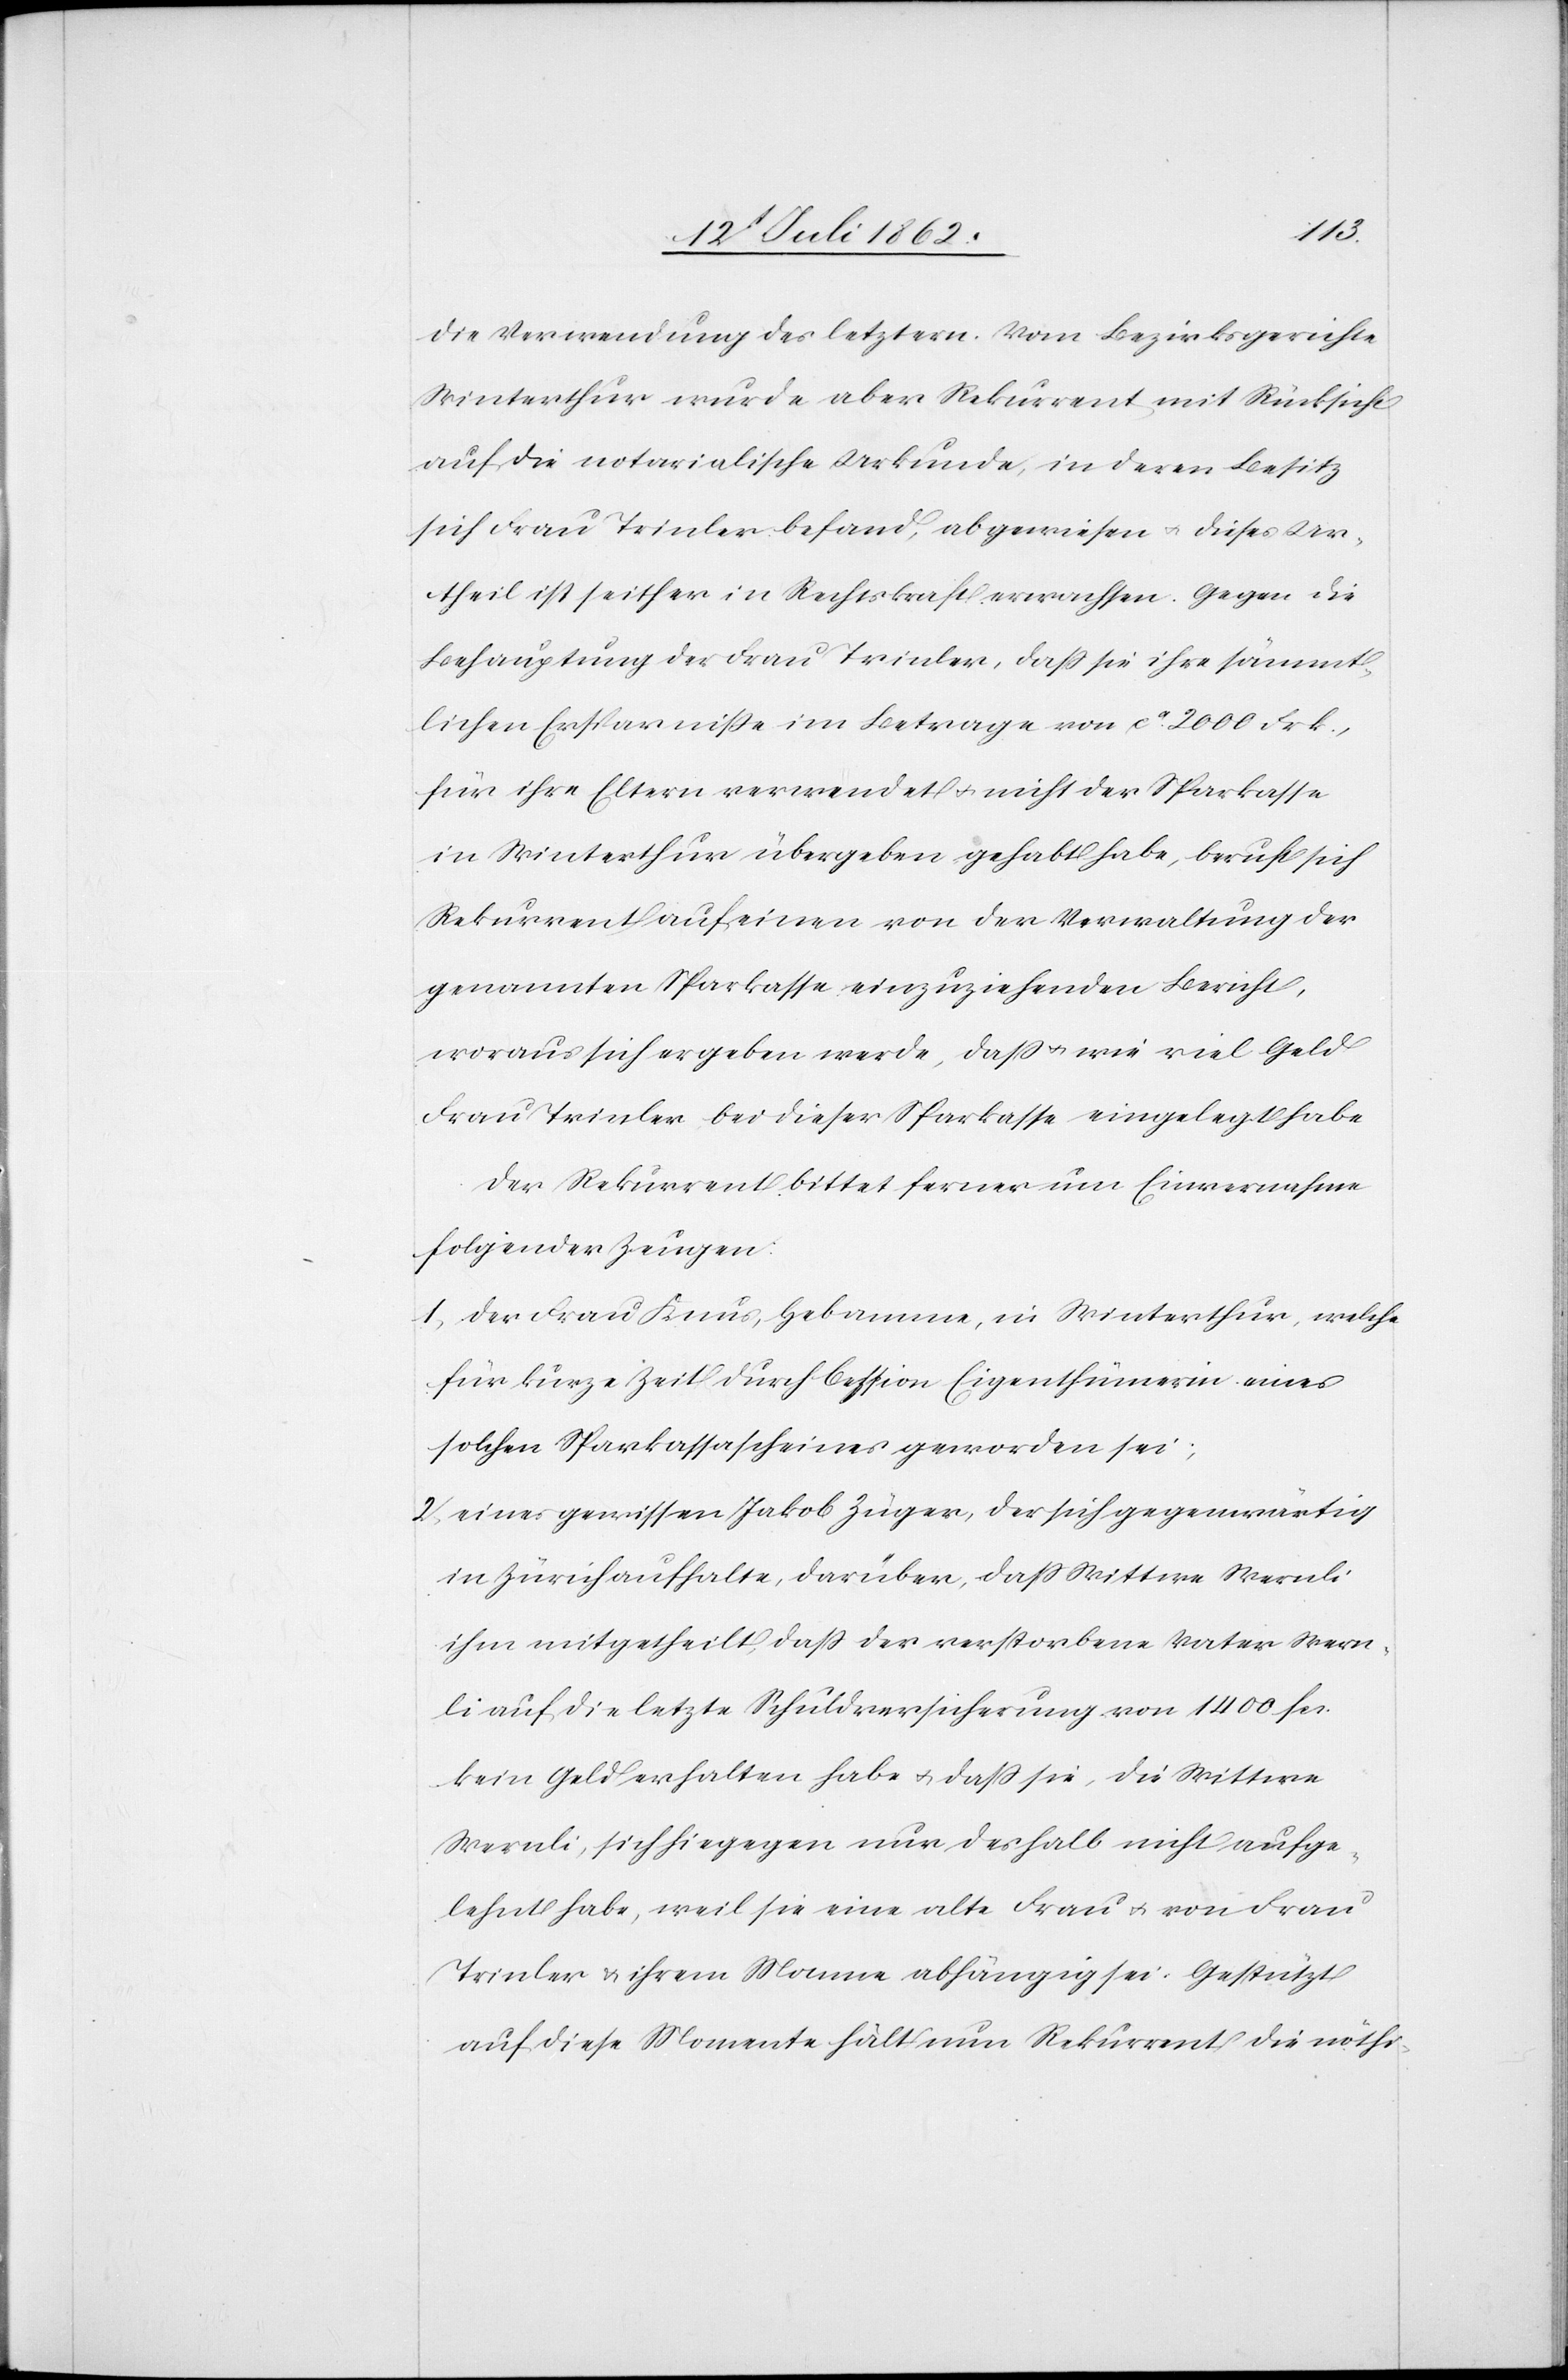
die Verwendung des letztern. Vom Bezirksgerichte
Winterthur wurde aber Rekurrent mit Rücksicht
auf die notarialische Urkunde, in deren Besitz
sich Frau Trinler befand, abgewiesen u. dieses Ur¬
theil ist seither in Rechtskraft erwachsen. Gegen die
Behauptung der Frau Trinler, daß sie ihre sämmt¬
lichen Ersparniße im Betrage von ca 2000 Frk.,
für ihre Eltern verwendet u. nicht der Sparkasse
in Winterthur übergeben gehabt habe, beruft sich
Rekurrent auf einen von der Verwaltung der
genannten Sparkasse einzuziehenden Bericht,
woraus sich ergeben werde, daß u. wie viel Geld
Frau Trinler bei dieser Sparkasse eingelegt habe.
Der Rekurrent bittet ferner um Einvernahme
folgender Zeugen:
1. der Frau Knus, Hebamme, in Winterthur, welche
für kurze Zeit durch Cession Eigenthümerin eines
solchen Sparkassascheines geworden sei;
2. eines gewissen Jakob Zuger, der sich gegenwärtig
in Zürich aufhalte, darüber, daß Wittwe Wernli
ihm mitgetheilt, daß der verstorbene Vater Wern¬
li auf die letzte Schuldversicherung von 1400 fcs.
kein Geld erhalten habe u. daß sie, die Wittwe
Wernli, sich hiegegen nur deshalb nicht aufge¬
lehnt habe, weil sie eine alte Frau u. von Frau
Trinler u. ihrem Manne abhängig sei. Gestützt
auf diese Momente hält nun Rekurrent die nöthi-